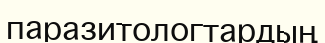
паразитологтардың